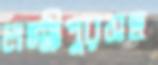
লক্ষ্মীপুরসহ